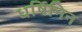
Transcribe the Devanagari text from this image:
धर्षिनिन